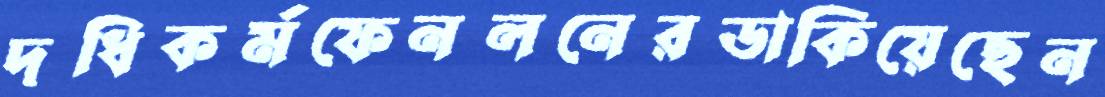
দধিকর্মফেনলনেরডাকিয়েছেন